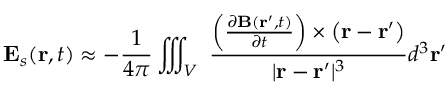
\mathbf { E } _ { s } ( \mathbf { r } , t ) \approx - { \frac { 1 } { 4 \pi } } \iiint _ { V } \ { \frac { \left( { \frac { \partial \mathbf { B } ( \mathbf { r } ^ { \prime } , t ) } { \partial t } } \right) \times \left( \mathbf { r } - \mathbf { r } ^ { \prime } \right) } { | \mathbf { r } - \mathbf { r } ^ { \prime } | ^ { 3 } } } d ^ { 3 } \mathbf { r ^ { \prime } }